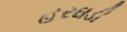
હરઘડી